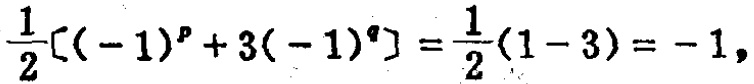
$\frac{1}{2}[(-1)^{p}+3(-1)^{q}]=\frac{1}{2}(1 - 3)=-1,$